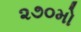
૨૭૦મો